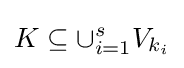
K\subseteq \cup _{i=1}^{s}V_{k_{i}}